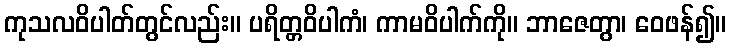
ကုသလဝိပါတ်တွင်လည်း။ ပရိတ္တဝိပါကံ၊ ကာမဝိပါက်ကို။ ဘာဇေတွာ၊ ဝေဖန်၍။